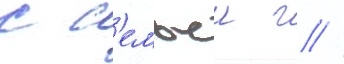
с с'емьеи г //